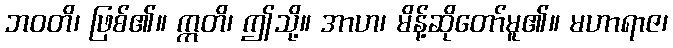
ဘဝတိ၊ ဖြစ်၏။ ဣတိ၊ ဤသို့။ အာဟ၊ မိန့်ဆိုတော်မူ၏။ မဟာရာဇ၊